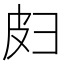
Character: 𫹄